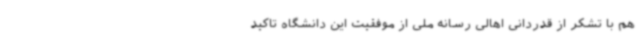
هم با تشکر از قدردانی اهالی رسانه ملی از موفقیت این دانشگاه تاکید